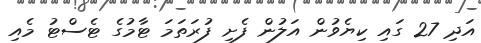
އަދި 27 ގައި ކިޔެވުން އަލުން ފެށި ފުރަތަމަ ޓާމުގެ ޓެސްޓު މެއި